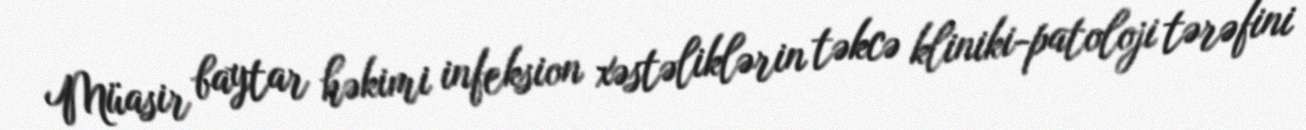
Müasir baytar həkimi infeksion xəstəliklərin təkcə kliniki-patoloji tərəfini